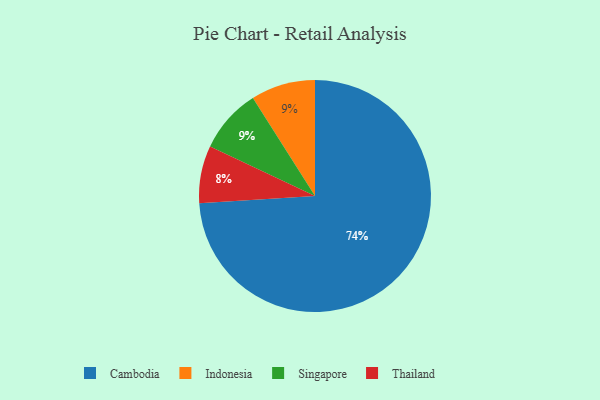
{"axis": {"x": "Category", "y": "Percentage"}, "legend": ["Cambodia", "Indonesia", "Singapore", "Thailand"], "data": [{"x": "Indonesia", "y": 9, "type": "Indonesia"}, {"x": "Cambodia", "y": 74, "type": "Cambodia"}, {"x": "Singapore", "y": 9, "type": "Singapore"}, {"x": "Thailand", "y": 8, "type": "Thailand"}]}